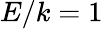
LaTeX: E/k=1